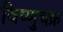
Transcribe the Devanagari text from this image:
विष्णुचक्र